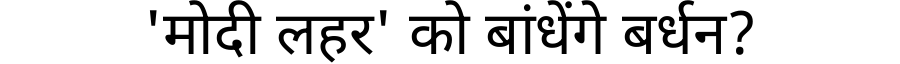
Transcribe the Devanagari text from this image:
'मोदी लहर' को बांधेंगे बर्धन?